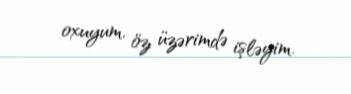
oxuyum, öz üzərimdə işləyim.